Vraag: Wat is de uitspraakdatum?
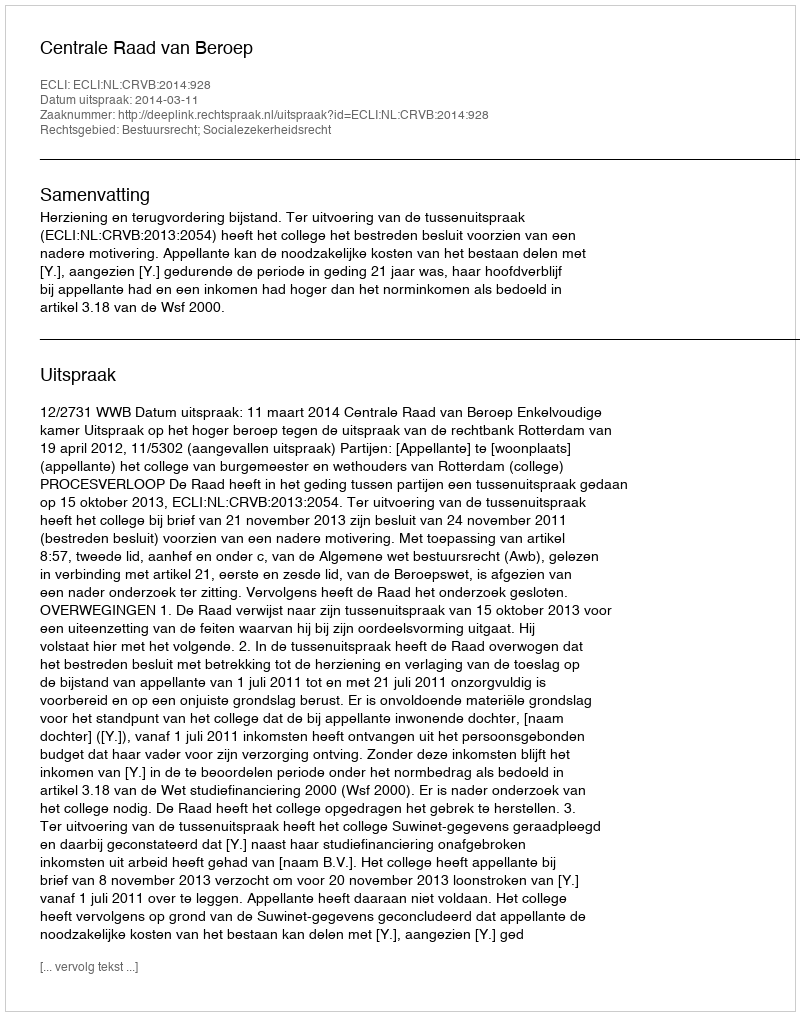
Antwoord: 2014-03-11